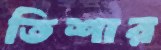
তিশার